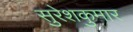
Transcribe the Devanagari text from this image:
सुरेशकुमार